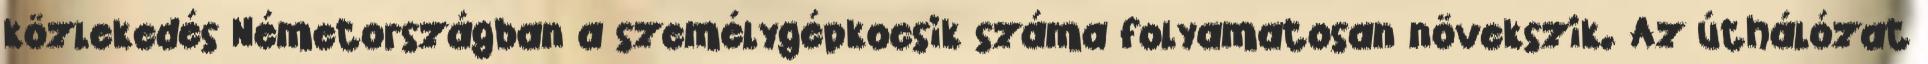
közlekedés Németországban a személygépkocsik száma folyamatosan növekszik. Az úthálózat